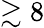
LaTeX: \gtrsim 8